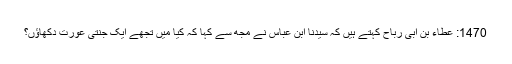
1470: عطاء بن ابی رباح کہتے ہیں کہ سیدنا ابن عباسؓ نے مجھ سے کہا کہ کیا میں تجھے ایک جنتی عورت دکھاؤں؟